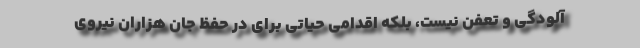
آلودگی و تعفن نیست، بلکه اقدامی حیاتی برای در حفظ جان هزاران نیروی